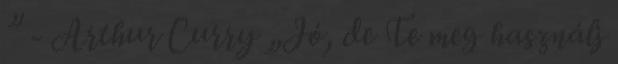
” - Arthur Curry „Jó, de Te meg használj